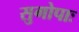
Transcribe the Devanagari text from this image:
सुगोपाः